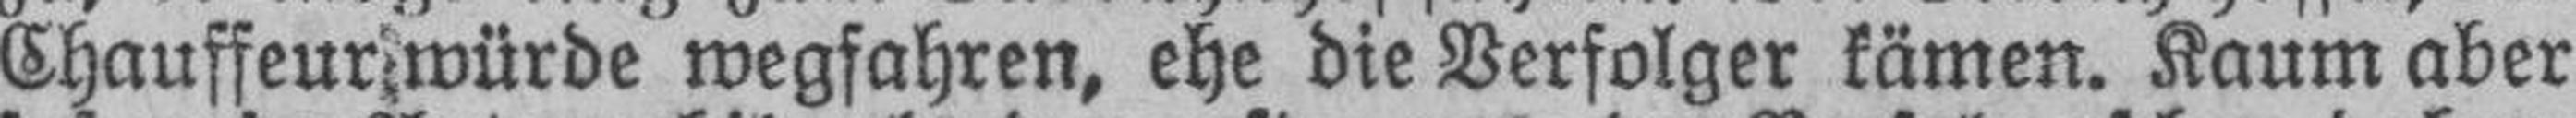
Chauffeur würde wegfahren, ehe die Verfolger kämen. Kaum aber